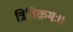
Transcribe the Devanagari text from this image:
त्रिविक्रमः।।